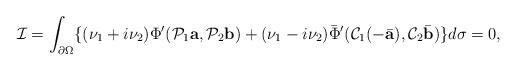
LaTeX: \begin{align*}\mathcal I=\int_{\partial\Omega}\{(\nu_1+i\nu_2)\Phi'(\mathcal P_1 {\mbox{\bf a}},\mathcal P_2 {\mbox{\bf b}})+(\nu_1-i\nu_2)\bar\Phi'(\mathcal C_1(-\bar{\mbox{\bf a}}),\mathcal C_2\bar{\mbox{\bf b}})\}d\sigma=0,\end{align*}